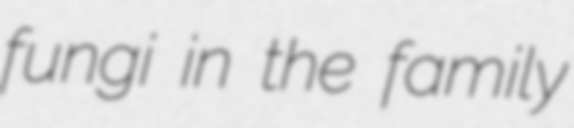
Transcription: fungi in the family